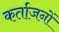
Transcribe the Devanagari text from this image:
कर्ताजनों